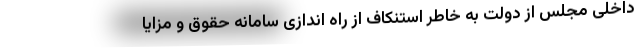
داخلی مجلس از دولت به خاطر استنکاف از راه اندازی سامانه حقوق و مزایا